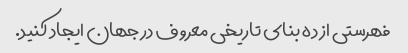
فهرستی از ده بنای تاریخی معروف در جهان ایجاد کنید.